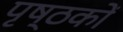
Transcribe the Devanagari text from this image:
पृष्ठकों